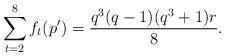
LaTeX: \begin{align*} \sum_{t=2}^{8}f_t(p')=\frac{q^3(q-1)(q^3+1)r}{8}.\end{align*}